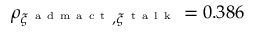
\rho _ { \xi ^ { \mathrm { ~ a ~ d ~ m ~ a ~ c ~ t ~ } } , \xi ^ { \mathrm { ~ t ~ a ~ l ~ k ~ } } } = 0 . 3 8 6